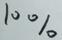
1 0 \%